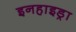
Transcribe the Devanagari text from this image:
इनहाइड्रा